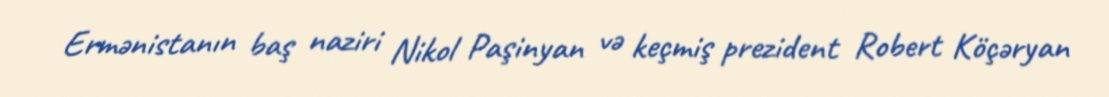
Ermənistanın baş naziri Nikol Paşinyan və keçmiş prezident Robert Köçəryan